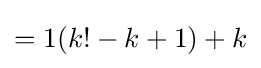
=1(k!-k+1)+k